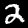
Digit: 2